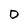
Character: 0